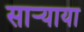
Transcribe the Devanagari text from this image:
साऱ्याया